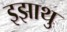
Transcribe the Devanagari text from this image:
इझाथु